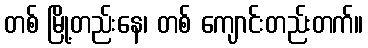
တစ် မြို့တည်းနေ၊ တစ် ကျောင်းတည်းတက်။